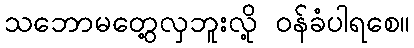
သဘောမတွေ့လှဘူးလို့ ဝန်ခံပါရစေ။